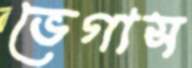
ভেগাস